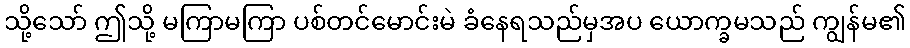
သို့သော် ဤသို့ မကြာမကြာ ပစ်တင်မောင်းမဲ ခံနေရသည်မှအပ ယောက္ခမသည် ကျွန်မ၏